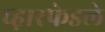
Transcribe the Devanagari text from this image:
व्ह़ारफेडले